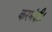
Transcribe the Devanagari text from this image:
करमंदी।